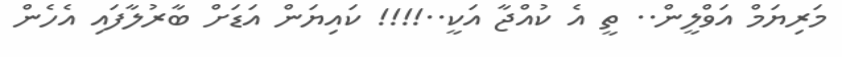
މަރިޔަމް އަވްލީން.. ތީ އެ ކުއްޖާ އަކީ..!!!! ކައިޔަން އަޑަށް ބާރުލާފައި އެހެން